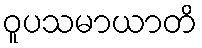
ဝူပသမာယာတိ